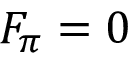
F _ { \pi } = 0